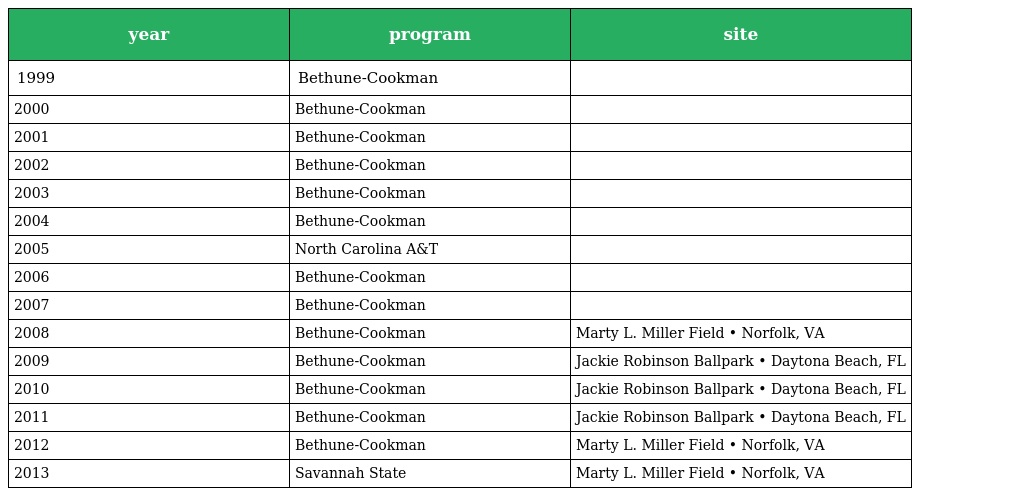
| year | program | site |
 | --- | --- | --- |
 | 1999 | Bethune-Cookman |  |
 | 2000 | Bethune-Cookman |  |
 | 2001 | Bethune-Cookman |  |
 | 2002 | Bethune-Cookman |  |
 | 2003 | Bethune-Cookman |  |
 | 2004 | Bethune-Cookman |  |
 | 2005 | North Carolina A&T |  |
 | 2006 | Bethune-Cookman |  |
 | 2007 | Bethune-Cookman |  |
 | 2008 | Bethune-Cookman | Marty L. Miller Field • Norfolk, VA |
 | 2009 | Bethune-Cookman | Jackie Robinson Ballpark • Daytona Beach, FL |
 | 2010 | Bethune-Cookman | Jackie Robinson Ballpark • Daytona Beach, FL |
 | 2011 | Bethune-Cookman | Jackie Robinson Ballpark • Daytona Beach, FL |
 | 2012 | Bethune-Cookman | Marty L. Miller Field • Norfolk, VA |
 | 2013 | Savannah State | Marty L. Miller Field • Norfolk, VA |